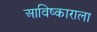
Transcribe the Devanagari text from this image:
आविष्काराला